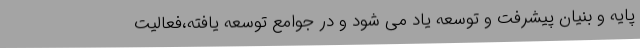
پایه و بنیان پیشرفت و توسعه یاد می شود و در جوامع توسعه یافته،فعالیت